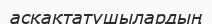
асқақтатушылардың